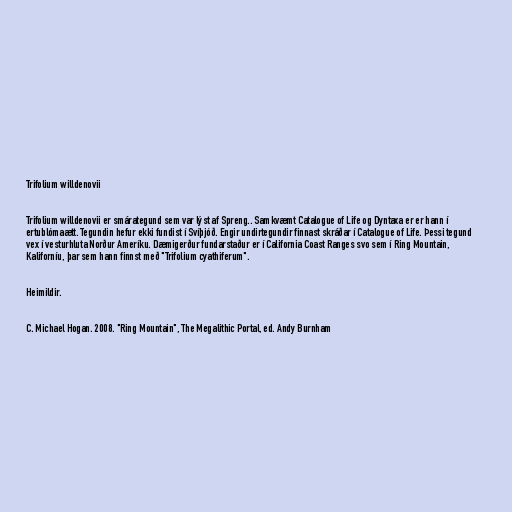
Trifolium willdenovii

Trifolium willdenovii er smárategund sem var lýst af Spreng.. Samkvæmt Catalogue of Life og Dyntaxa er er hann í
ertublómaætt. Tegundin hefur ekki fundist í Svíþjóð. Engir undirtegundir finnast skráðar í Catalogue of Life. Þessi tegund
vex í vesturhluta Norður Ameríku. Dæmigerður fundarstaður er í California Coast Ranges svo sem í Ring Mountain,
Kaliforníu, þar sem hann finnst með "Trifolium cyathiferum".

Heimildir.

C. Michael Hogan. 2008. "Ring Mountain", The Megalithic Portal, ed. Andy Burnham